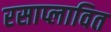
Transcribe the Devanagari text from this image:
रसाप्लावित